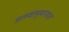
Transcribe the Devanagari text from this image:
जलवायुमानात